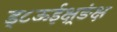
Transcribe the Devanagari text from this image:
ड्८ऊईक्ष़्ङंक्ष